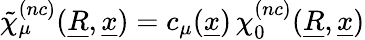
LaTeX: \tilde{\chi}_{\mu}^{(nc)}(\underline{{R}},\underline{{x}})=c_{\mu}(\underline{{x}})\, \chi_{0}^{(nc)}(\underline{{R}},\underline{{x}})